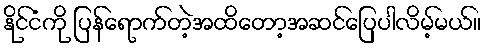
နိုင်ငံကို ပြန်ရောက်တဲ့အထိတော့အဆင်ပြေပါလိမ့်မယ်။